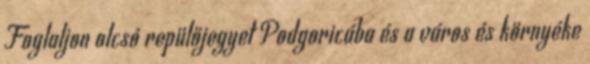
Foglaljon olcsó repülőjegyet Podgoricába és a város és környéke